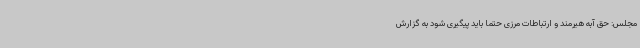
مجلس: حق آبه هیرمند و ارتباطات مرزی حتما باید پیگیری شود به گزارش